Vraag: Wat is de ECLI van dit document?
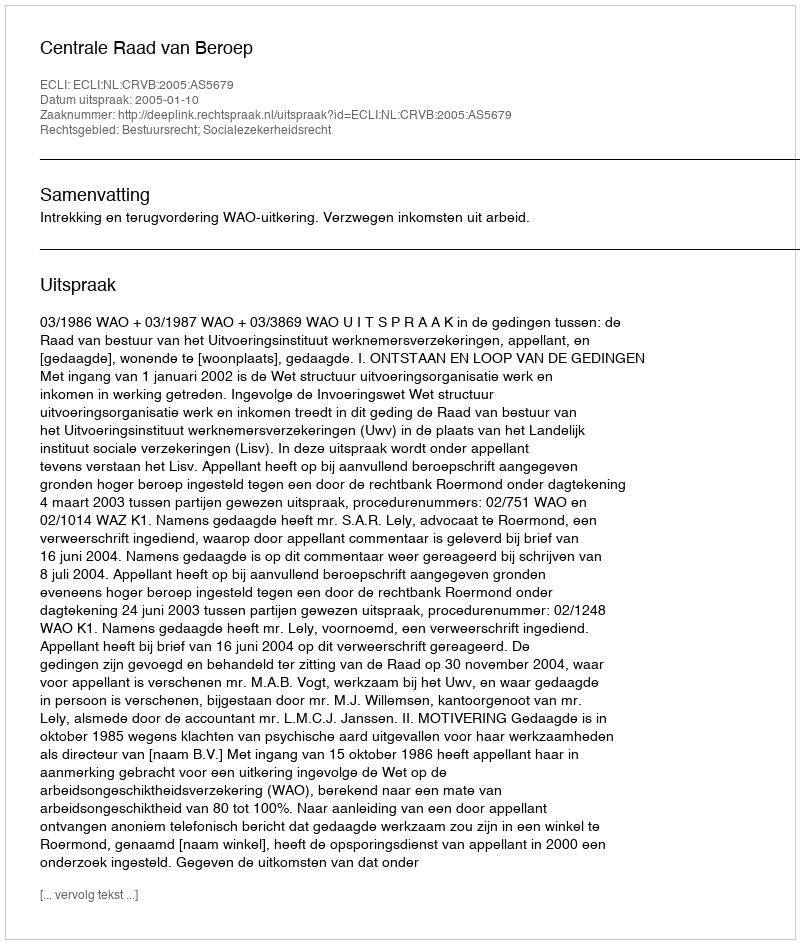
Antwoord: ECLI:NL:CRVB:2005:AS5679